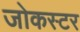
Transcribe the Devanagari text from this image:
जोकस्टर